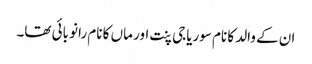
ان کے والد کا نام سوریاجی پنت اور ماں کا نام رانو بائی تھا۔